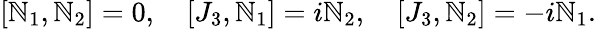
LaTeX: [\mathbb{N}_{1},\mathbb{N}_{2}]=0,\quad[J_{3},\mathbb{N}_{1}]=i\mathbb{N}_{2},\quad[J_{3},\mathbb{N}_{2}]=-i\mathbb{N}_{1}.